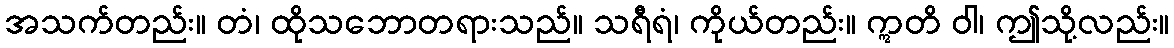
အသက်တည်း။ တံ၊ ထိုသဘောတရားသည်။ သရီရံ၊ ကိုယ်တည်း။ ဣတိ ဝါ၊ ဤသို့လည်း။